Report of the Municipal Commissioner on the plague in Bombay for the year ending 31st May... - Volume 2
Disease focus: Plague
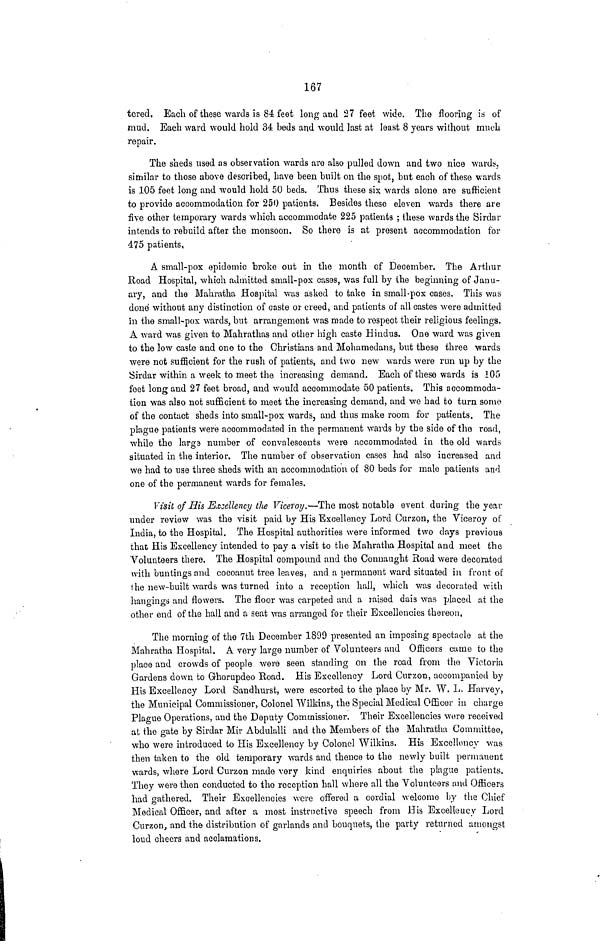
167
tered. Each of these \vards is 84 feet long and 27 feet wide. The flooring is of
mud. Each ward would hold 34 beds and would last at least 8 years without much
repair.
The sheds used as observation wards are also pulled down and two nice wards,
similar to those above described, have been built on the spot, but each of these wards
is 105 feet long and would hold 50 beds. Thus these sis; wards alone are sufficient
to provide accommodation for 250 patients. Besides these eleven wards there are
five other temporary wards which accommodate 225 patients ; these wards the Sirdar
intends to rebuild after the monsoon. So there is at present accommodation for
475 patients,
A small-pox epidemic broke out in the month of December. The Arthur
Road Hospital, which admitted small-pox cases, was full by the beginning of Janu-
ary, and the Mahratha Hospital was asked to take in small-pox cases. This was
done without any distinction of caste or creed, and patients of all castes were admitted
in the small-pox wards, but arrangement was made to respect their religious feelings.
A ward was given to Mahrathas and other high caste Hindus. One ward was given
to the low caste and one to the Christians and Mohamedans, but these three wards
were not sufficient for the rush of patients, and two new wards were run up by the
Sirdar within a week to meet the increasing demand. Each of these wards is 105
feet long and 27 feet broad, and would accommodate 50 patients. This accommoda-
tion was also not sufficient to meet the increasing demand, and we had to turn some
of the contact sheds into small-pox wards, and thus make room for patients. The
plague patients were accommodated in the permanent wards by the side of the road,
while the larga number of convalescents were accommodated in the old wards
situated in the interior. The number of observation cases had also increased and
we had to use three sheds with an accommodation of 80 beds for male patients and
one of the permanent wards for females.
Visit of His Excellency the Viceroy.—The most notable event during the year
under review was the visit paid by His Excellency Lord Curzon, the Viceroy of
India, to the Hospital. The Hospital authorities were informed two days previous
that His Excellency intended to pay a visit to the Mahratha Hospital and meet the
Volunteers there. The Hospital compound and the Connaught Road were decorated
with buntings and cocoanut tree leaves, and a permanent ward situated in front of
the new-built wards was turned into a reception hail, which was decorated with
hangings and flowers. The floor was carpeted and a raised dais was placed at the
other end of the hall and a seat was arranged for their Excellencies thereon.
The morning of the 7th December 1899 presented an imposing spectacle at the
Mahratha Hospital. A very large number of Volunteers and Officers came to the
place and crowds of people were seen standing on the road from the Victoria
Gardens down to Ghorupdeo Road. His Excellency Lord Curzon, accompanied by
His Excellency Lord Sandhurst, were escorted to the place by Mr. W. L. Harvey,
the Municipal Commissioner, Colonel Wilkins, the Special Medical Officer in charge
Plague Operations, and the Deputy Commissioner. Their Excellencies wore received
at the gate by Sirdar Mir Abdulalli and the Members of the Mahratha Committee,
who were introduced to His Excellency by Colonel Wilkins. His Excellency was
then taken to the old temporary wards and thence to the newly built permanent
wards, where Lord Curzon made very kind enquiries about the plague patients.
They were then conducted to the reception hall where all the Volunteers and Officers
had gathered. Their Excellencies were offered a cordial welcome by the Chief
Medical Officer, and after a most instructive speech from His Excellency Lord
Curzon, and the distribution of garlands and bouquets, the party returned amongst
loud cheers and acclamations,